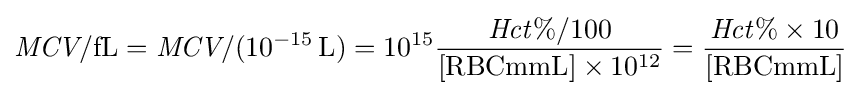
{\textit {MCV}}/\mathrm {fL} ={\textit {MCV}}/(10^{-15}\,\mathrm {L} )=10^{15}{\frac {{\mathit {Hct\%}}/100}{[{\text{RBCmmL}}]\times 10^{12}}}={\frac {{\mathit {Hct\%}}\times 10}{[{\text{RBCmmL}}]}}